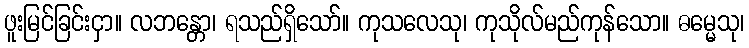
ဖူးမြင်ခြင်းငှာ။ လဘန္တော၊ ရသည်ရှိသော်။ ကုသလေသု၊ ကုသိုလ်မည်ကုန်သော။ ဓမ္မေသု၊